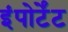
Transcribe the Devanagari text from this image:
इंपोर्टेंट